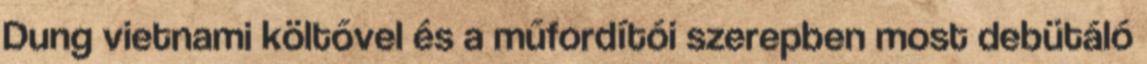
Dung vietnami költővel és a műfordítói szerepben most debütáló